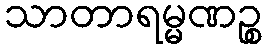
သာတာရမ္မဏဉ္စ